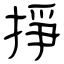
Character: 掙